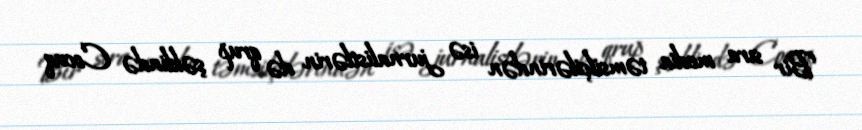
Bir sıra media təmsilçilərindən isə jurnalistlərin də qrup şəklində Cocuq